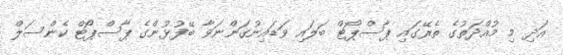
އަދި މި މުއްދަތުގެ ތެރޭގައި ޕާސްޕޯޓް ބަލައި ވަޑައިނުގަންނަވާ ބޭފުޅުންގެ ޕާސްޕޯޓް ކެންސަލް